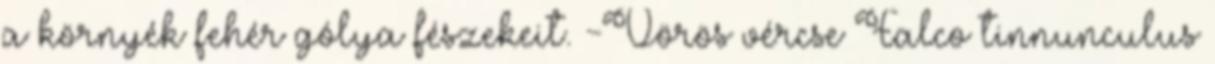
a környék fehér gólya fészekeit. -Vörös vércse Falco tinnunculus